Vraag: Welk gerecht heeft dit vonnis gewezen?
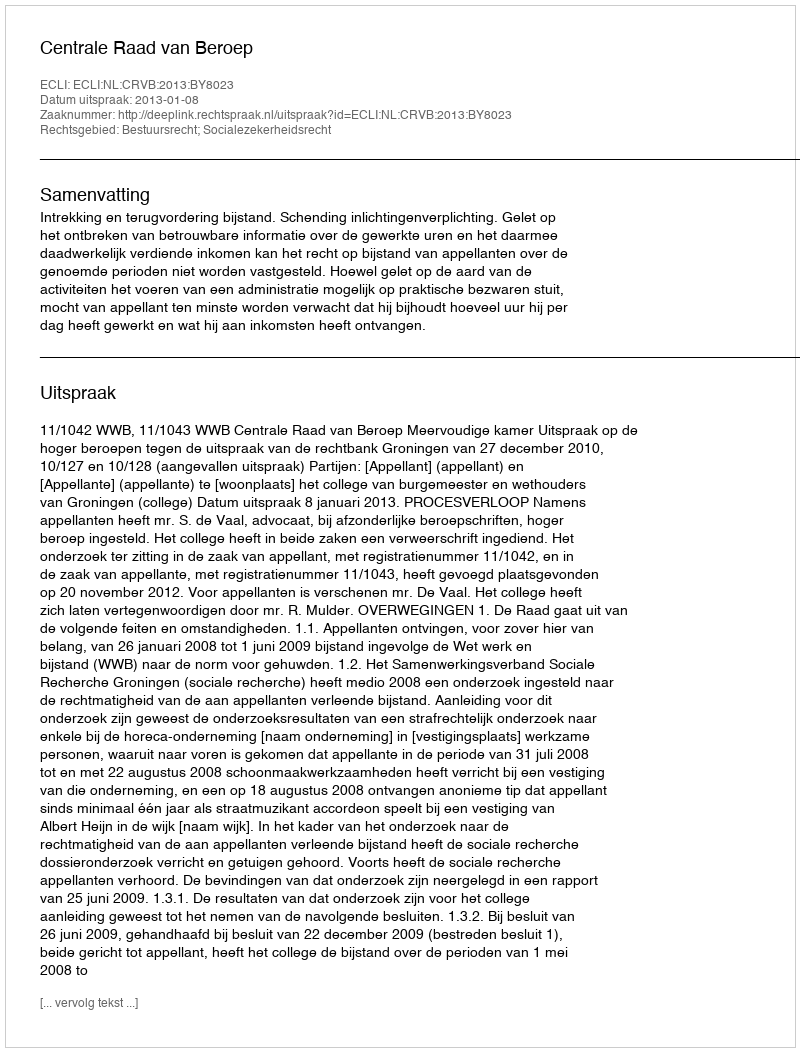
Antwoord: Centrale Raad van Beroep